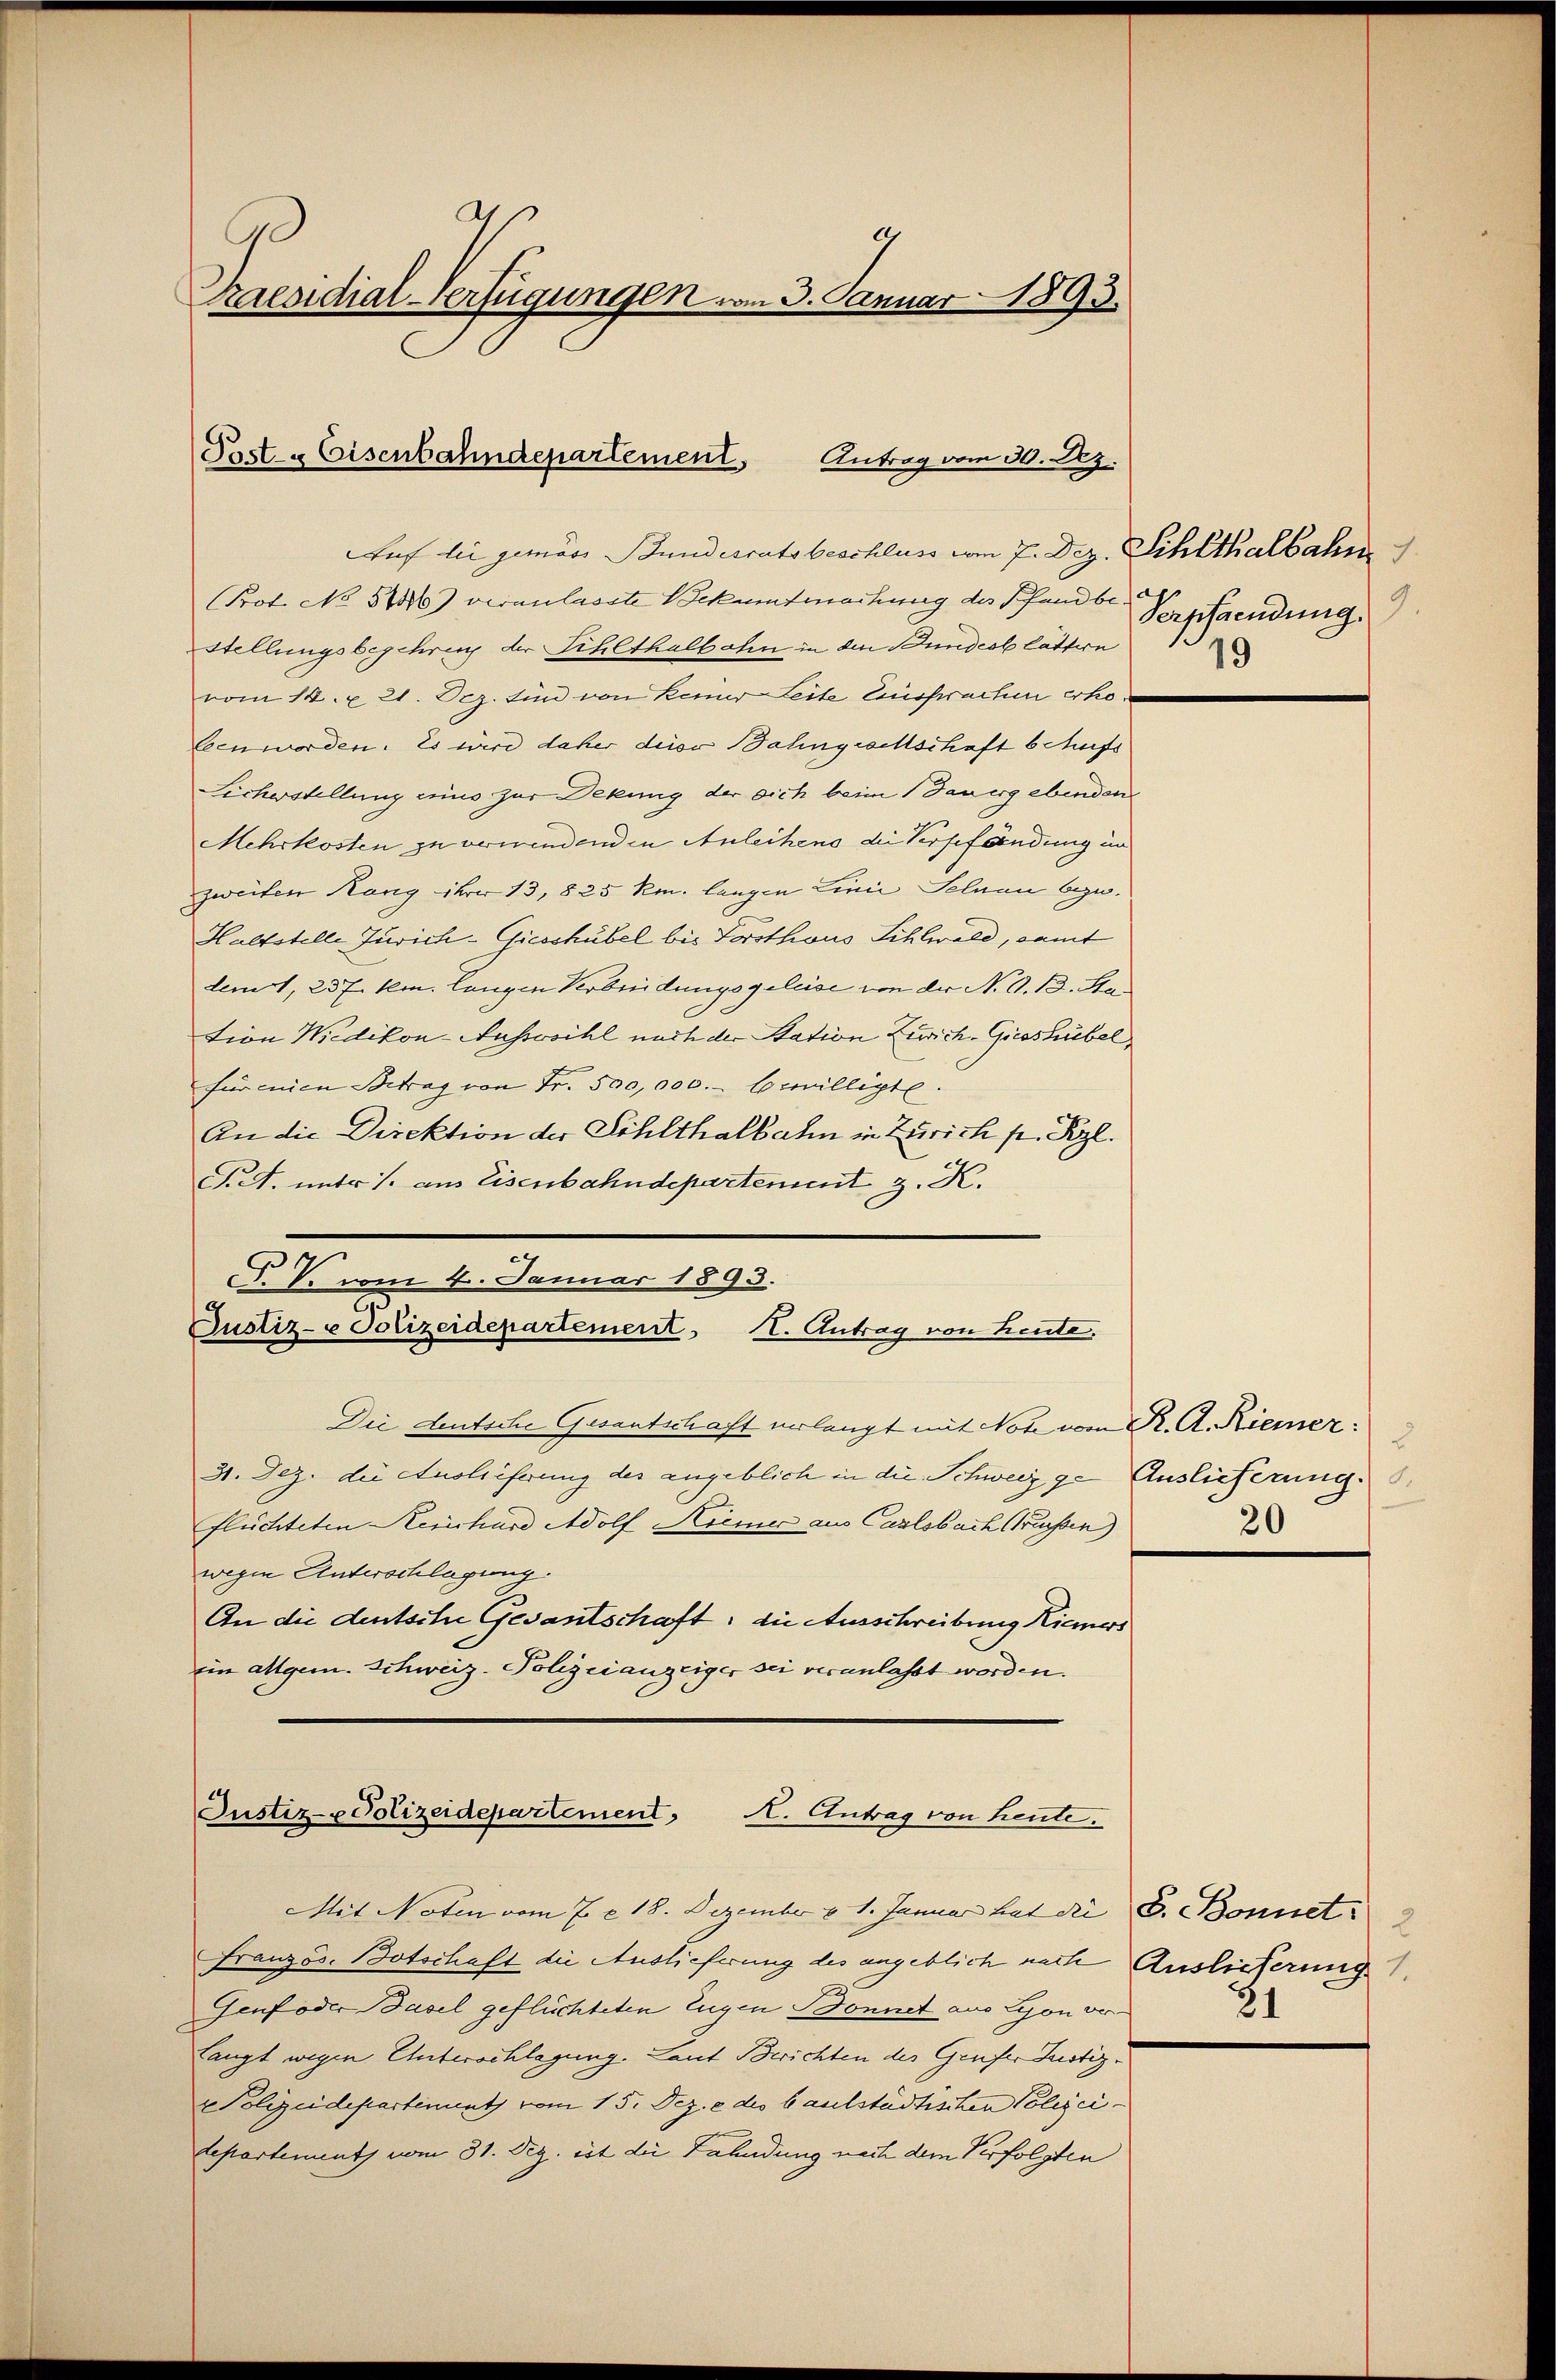
.
9
Raesidial-Verfügungen vom 3. Januar 1893.

Past. - Eisenbahndepartement. Antrag vom 30. Dez.

Justiz- & Polizeidepartement. A. Antrag von heute.

Auf die gemäss Bundesratsbeschluss vom 7. Dez. Schlthalbahn
Prot. No 5246) veranlasste Bekantmachung des Pfandbe
Stellungsbeschreif der Sihlthalbahn in den Bundesblätten
vom 14. u. 21. Dez. Ein von keiner Leite Einsprachen erho¬
Een worden. Es wird daher derer Bahngrechtschaft beauft
icherstellung einis zur Dekung der sich beim Sauergebenden
Mehrkosten zu verwindenden Anleihens die Verschändung in
zweiten Rang ihrer 13, 825 km. langen Linie Selnau bezw.
Haltstelle Zürich-Giesshübel bis Forsthaus Sihlwald, samt
demt, 237. km. Langen Verbreidungsgeleise von der N. O. 13. Station Wiedikon-Aussosihl nach der Station Zürich-Groshübel,
für mien Betrag von Fr. 500,000.- bewilligte.
An die Direktion der Sihlthalbahn in Zürich p. Kzl.
S.S. unter /: aus Eisenbahndepartement z. K.
P. V. vom 4. Januar 1893.
Justiz- u Polizeidepartement. I. Antrag von heute.
Die deutsche Gesantschaft erlangt mit Not vom K. A. Riemer:
31. Dez. die Auslieferung des angeblich in die Schweiz ge Auslieferung.
flüchteten Kernhard Adolf Niemer aus Carlsbach Bessen)
wegen Unterschlagung.
An die deutsche Gesantschaft; die Ausschreibung Riemers
ein Allgem. Schweiz. Polizeianzeiger sei veranlasst worden.

Mit Noten vom 7. c. 18. Dezember v. 1. Januar hat die E. Bonnet
Französ. Botschaft die Auslieferung des angeblich nach Auslieferung
Genf oder Basel geflüchteten Eugen Donnet aus Lyon ver-
langt wegen Unterschlagung. Laut Berichten des Genfer Justiz¬
Polizeidepartiment vom 15. Dez. e des baulstädtischen Polizei-
lepartement vom 31. Dez. est die Fahndung nach dem Verfolgten

Verpfändung.
19

u
20